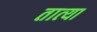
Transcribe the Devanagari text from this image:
तात्‍या